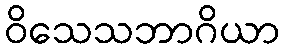
ဝိသေသဘာဂိယာ